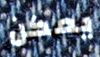
يمكن